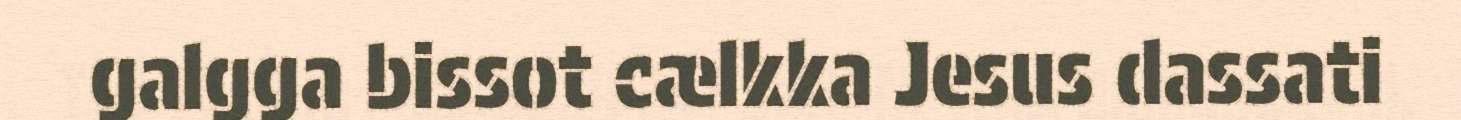
galgga bissot cælkka Jesus dassati